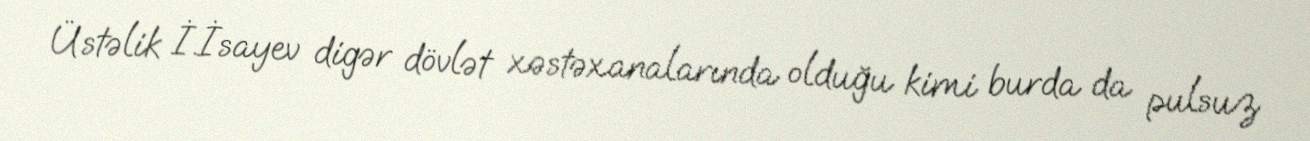
Üstəlik İ.İsayev digər dövlət xəstəxanalarında olduğu kimi burda da pulsuz